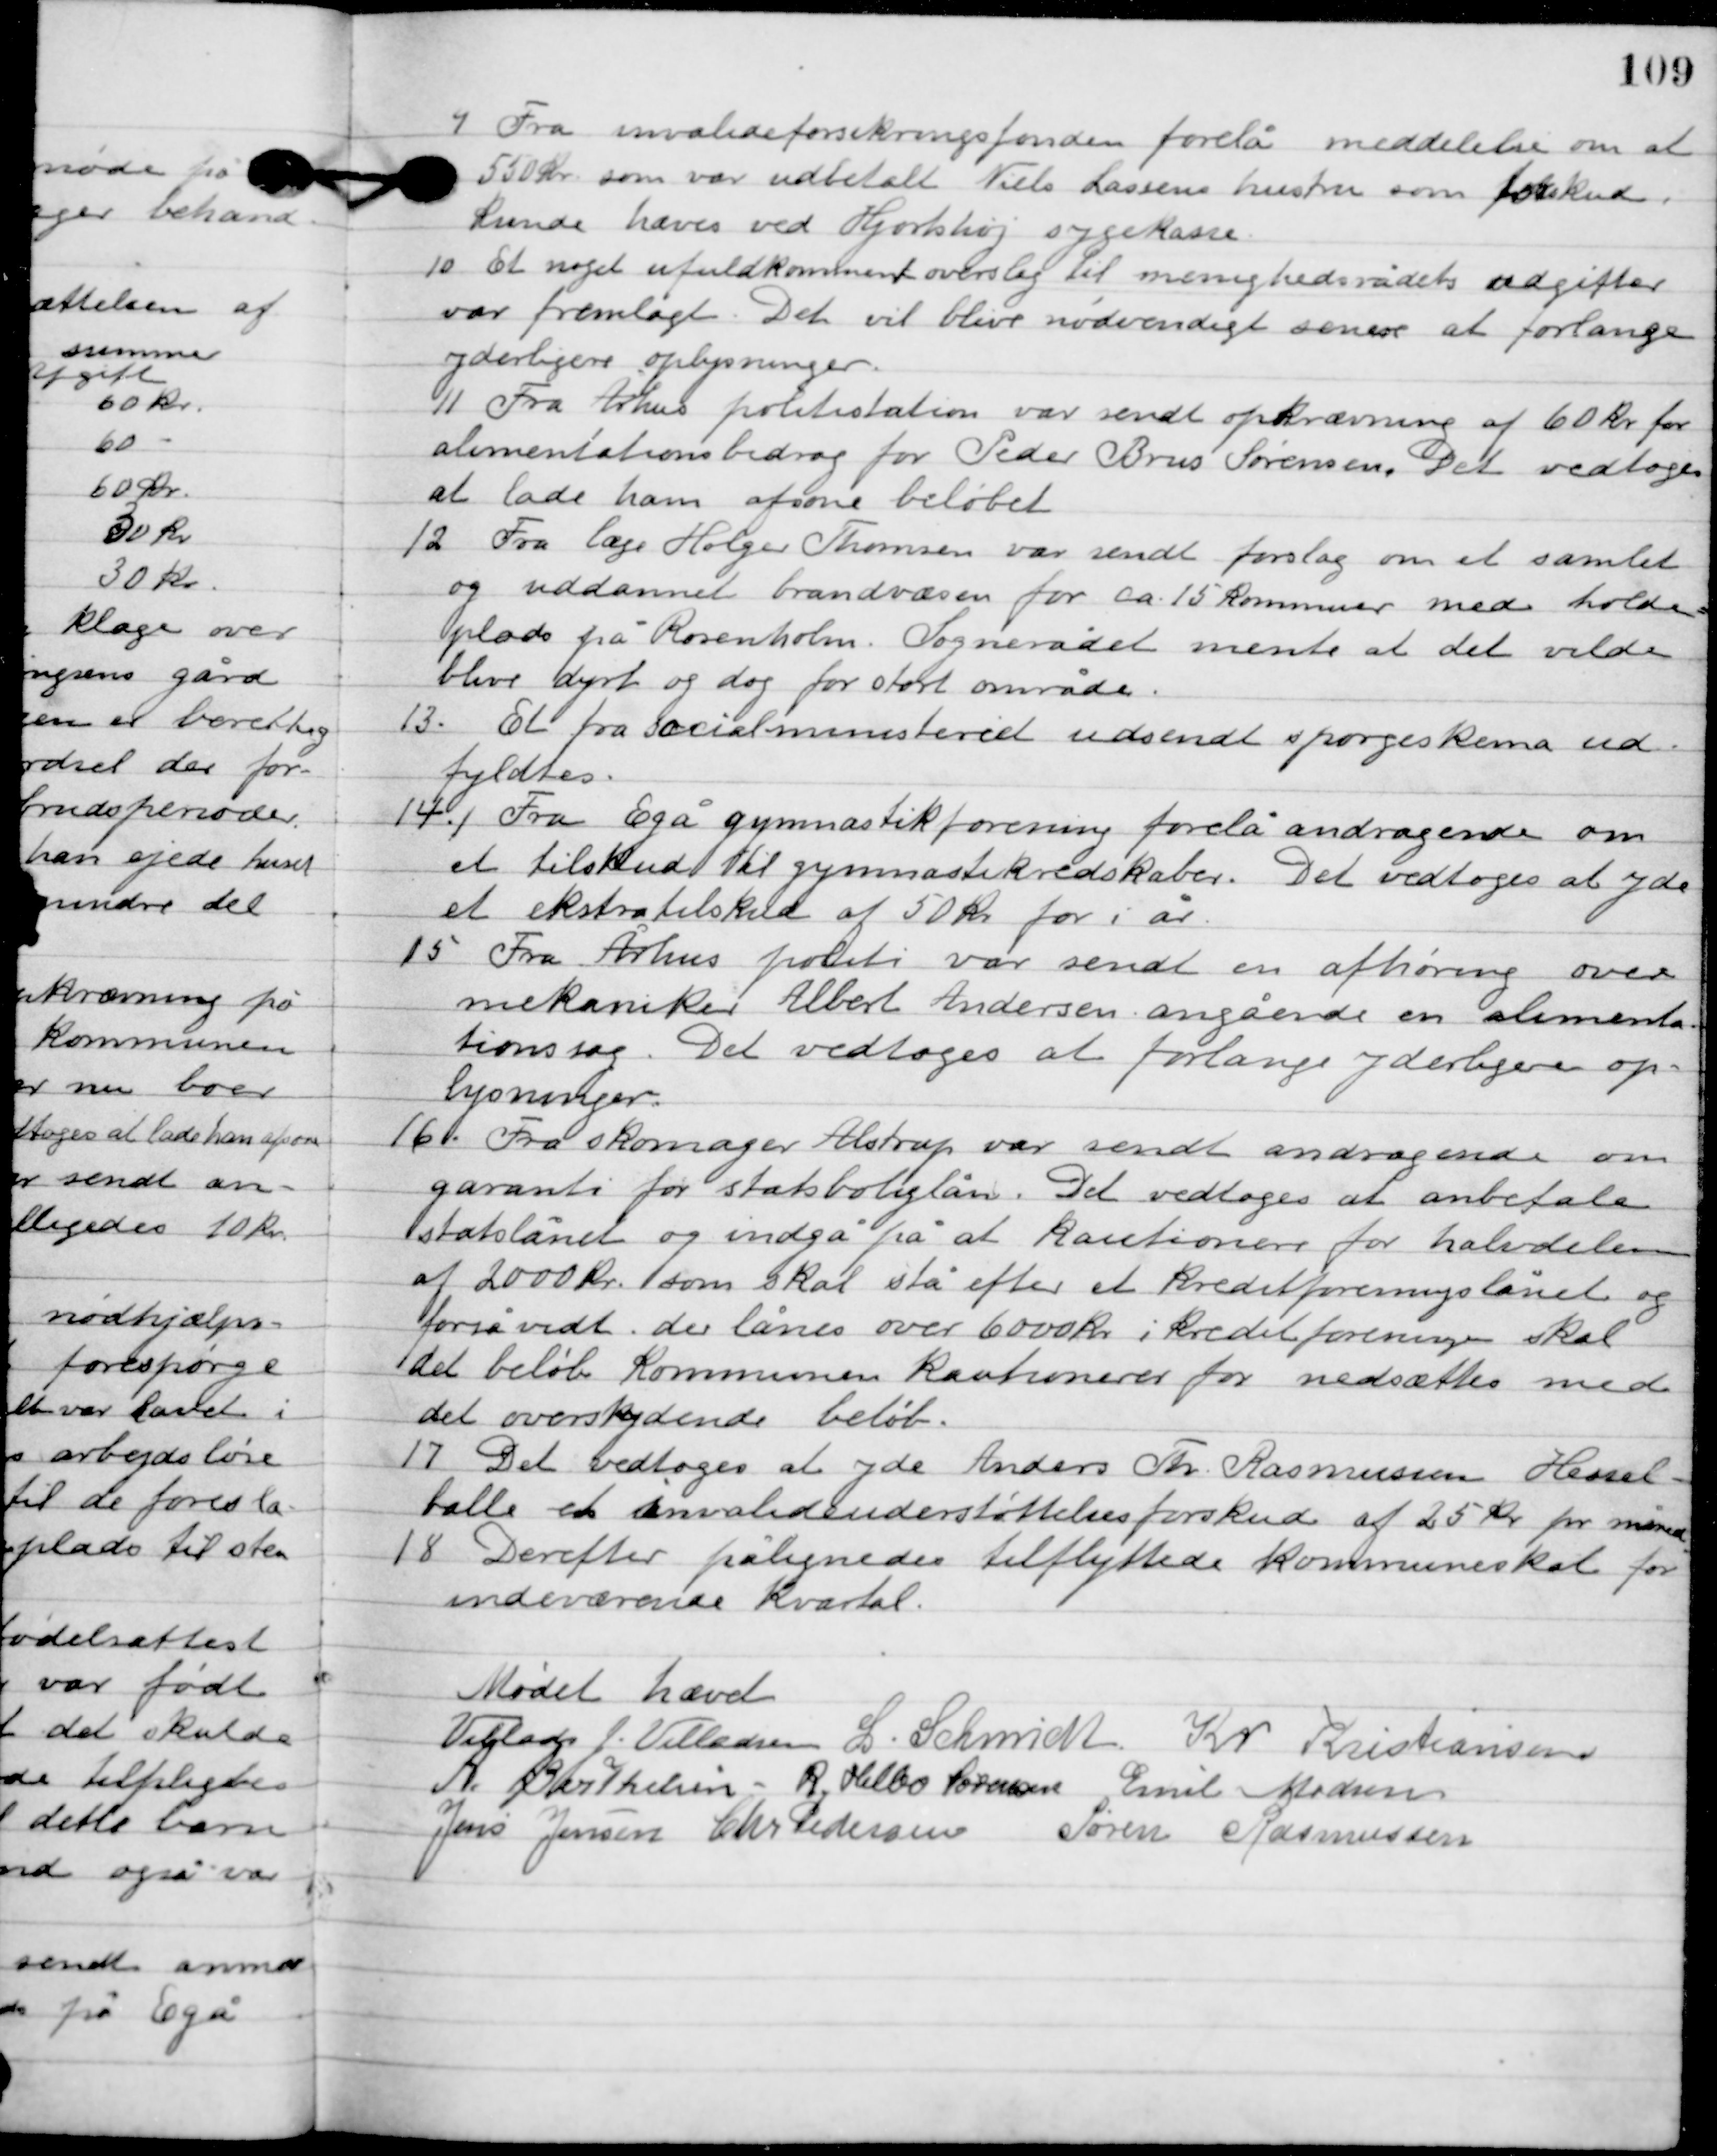
Transskription:
9

Fra invalideforsikringsfonden forelå meddelelse om at
550 kr. som var udbetalt Niels Larsens hustru som forskud
kunde hæves ved Hjortshøj sygekasse.

10

Et noget ufuldkomment overslag til menighedsrådets udgifter
var fremlagt. Det vil blive nødvendigt senere at forlange
yderligere oplysninger.

11

Fra Århus politistation var sendt opkrævning af 60 kr. for
alimentationsbidrag for Peder Brus Sørensen. Det vedtoges
 at lade ham afsone beløbet.

12

Fra læge Holger Thomsen var sendt forslag om at samlet
og uddannet brandværn for ca. 15 kommuner med holde-
plads på Rosenholm. Sognerådet mente at det vilde
blive dyrt og dog for stort område.

13

Et fra socialministeriet udsendt spørgeskema ud-
fyldtes.

14

Fra Egå gymnastikforening forelå andragende om
et tilskud til gymnastikredskaber. Det vedtoges at yde
et ekstratilskud af 50 kr. for i år.

15

Fra Århus politi var sendt en afhøring over
mekaniker Albert Andersen angående en alimenta-
tionssag. Det vedtoges at forlange yderligere op-
lysninger.

16

Fra skomager Alstrup var sendt andragende om
garanti for statboliglån. Det vedtoges at anbefale
statslånet og indgå på at kautionere for halvdelen
af 2000 kr. som skal stå efter at kreditforeningslånet og
 forsåvidt der lånes over 6000 kr. i kreditforeningen skal
det beløb kommunen kautionerer for nedsættes med
det oveskydende beløb.

17

Det vedtoges at yde Anders Th. Rasmussen Hessel-
balle et invalideunderstøttelsesforskud af 25 kr. for måned.

18

Derefter pålignedes tilflyttede kommuneskat for
indeværende kvartal.

Mødet hævet.

Villads J. Villadsen
L. Schmidt
Kr. Kristiansen
A. Berthelsen
R. Helbo Sørensen
Emil Madsen
Jens Jensen
Chr. Pedersen
Søren Rasmussen